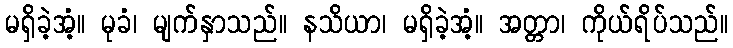
မရှိခဲ့အံ့။ မုခံ၊ မျက်နှာသည်။ နသိယာ၊ မရှိခဲ့အံ့။ အတ္တာ၊ ကိုယ်ရိပ်သည်။